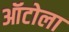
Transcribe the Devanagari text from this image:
ऑटोला